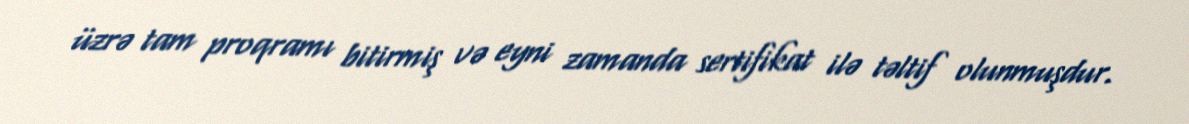
üzrə tam proqramı bitirmiş və eyni zamanda sertifikat ilə təltif olunmuşdur.